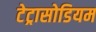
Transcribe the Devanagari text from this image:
टेट्रासोडियम